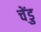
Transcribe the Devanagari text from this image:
चेंडु